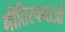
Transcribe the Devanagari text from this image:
गीतिरचनाओं